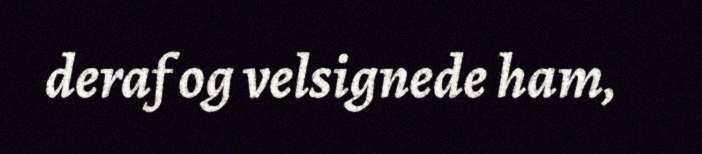
deraf og velsignede ham,